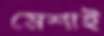
মেশাই